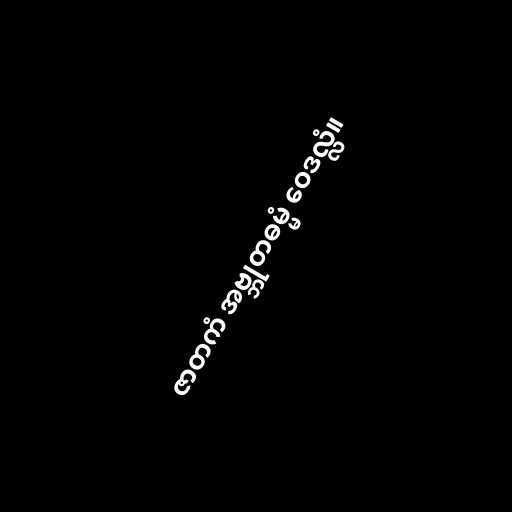
ဇာတကံ အဗ္ဘုတဓမ္မံ ဝေဒလ္လံ။